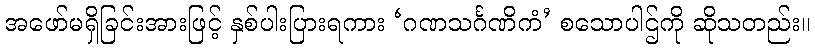
အဖော်မရှိခြင်းအားဖြင့် နှစ်ပါးပြားရကား ‘ဂဏသင်္ဂဏိကံ’ စသောပါဌ်ကို ဆိုသတည်း။